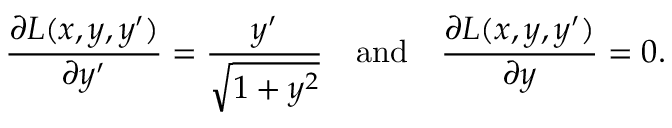
{ \frac { \partial L ( x , y , y ^ { \prime } ) } { \partial y ^ { \prime } } } = { \frac { y ^ { \prime } } { \sqrt { 1 + y ^ { 2 } } } } \quad { \mathrm { a n d } } \quad { \frac { \partial L ( x , y , y ^ { \prime } ) } { \partial y } } = 0 .